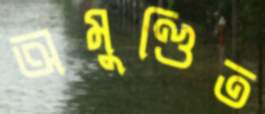
অমুণ্ডিত